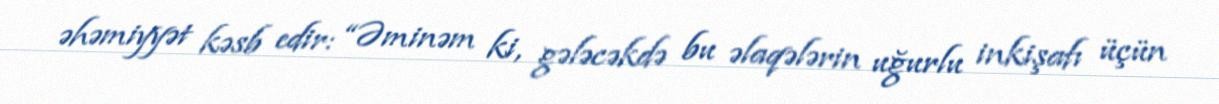
əhəmiyyət kəsb edir: “Əminəm ki, gələcəkdə bu əlaqələrin uğurlu inkişafı üçün